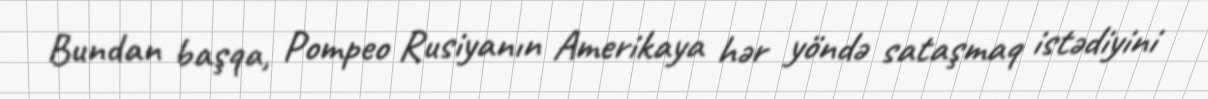
Bundan başqa, Pompeo Rusiyanın Amerikaya hər yöndə sataşmaq istədiyini